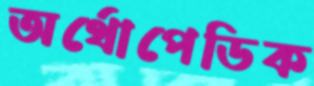
অর্থোপেডিক